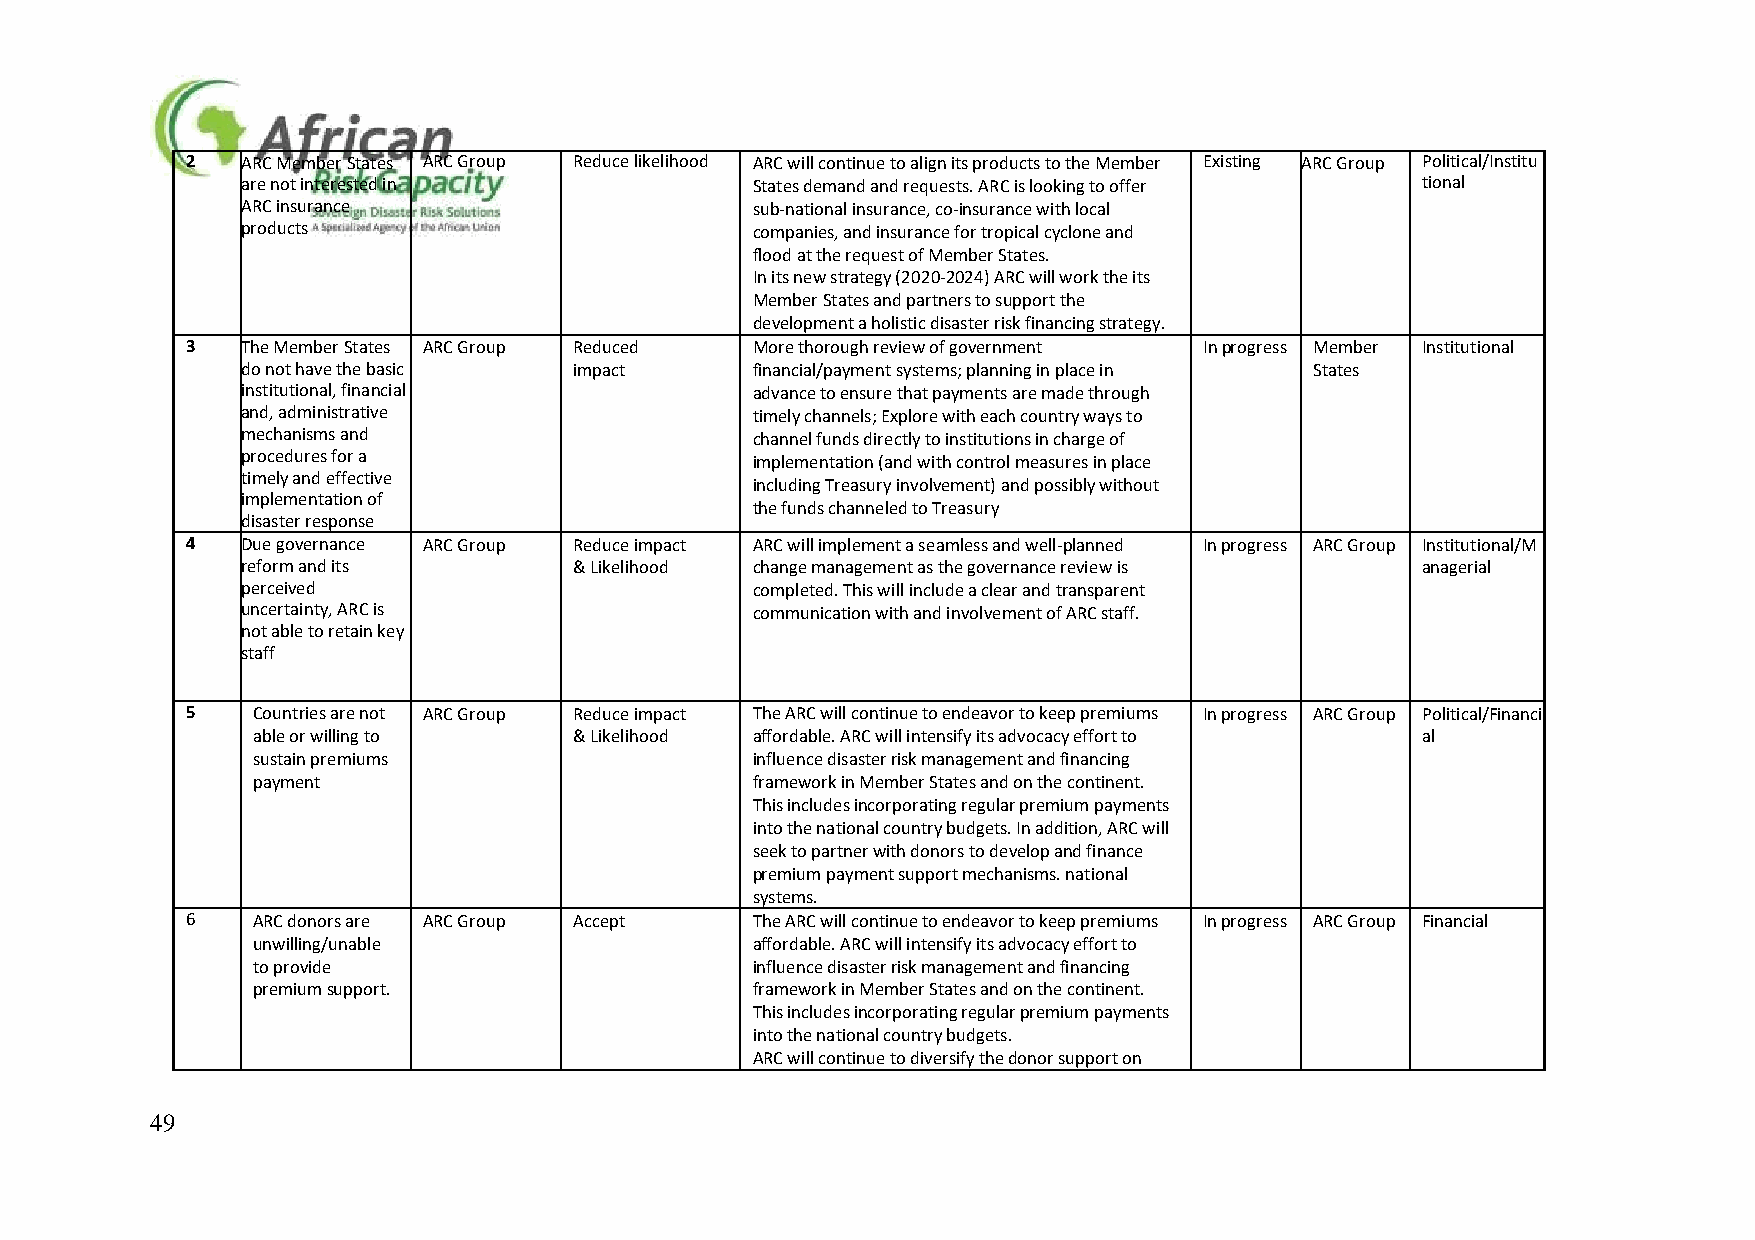
2   ARC Member States ARC Group Reduce likelihood ARC will continue to align its products to the Member Existing ARC Group Political/Institu
 are not interested in             States demand and requests. ARC is looking to offer tional
 ARC insurance                     sub-national insurance, co-insurance with local
 products                          companies, and insurance for tropical cyclone and
 flood at the request of Member States.
 In its new strategy (2020-2024) ARC will work the its
 Member States and partners to support the
 development a holistic disaster risk financing strategy.
 3   The Member States ARC Group Reduced More thorough review of government In progress Member Institutional
 do not have the basic impact      financial/payment systems; planning in place in States
 institutional, financial          advance to ensure that payments are made through
 and, administrative               timely channels; Explore with each country ways to
 mechanisms and                    channel funds directly to institutions in charge of
 procedures for a                  implementation (and with control measures in place
 timely and effective
 including Treasury involvement) and possibly without
 implementation of
 the funds channeled to Treasury
 disaster response
 4   Due governance ARC Group Reduce impact ARC will implement a seamless and well-planned In progress ARC Group Institutional/M
 reform and its        & Likelihood change management as the governance review is anagerial
 perceived                         completed. This will include a clear and transparent
 uncertainty, ARC is               communication with and involvement of ARC staff.
 not able to retain key
 staff
 5    Countries are not ARC Group Reduce impact The ARC will continue to endeavor to keep premiums In progress ARC Group Political/Financi
 able or willing to   & Likelihood affordable. ARC will intensify its advocacy effort to al
 sustain premiums                 influence disaster risk management and financing
 payment                          framework in Member States and on the continent.
 This includes incorporating regular premium payments
 into the national country budgets. In addition, ARC will
 seek to partner with donors to develop and finance
 premium payment support mechanisms. national
 systems.
 6    ARC donors are ARC Group Accept  The ARC will continue to endeavor to keep premiums In progress ARC Group Financial
 unwilling/unable                 affordable. ARC will intensify its advocacy effort to
 to provide                       influence disaster risk management and financing
 premium support.                 framework in Member States and on the continent.
 This includes incorporating regular premium payments
 into the national country budgets.
 ARC will continue to diversify the donor support on
 49